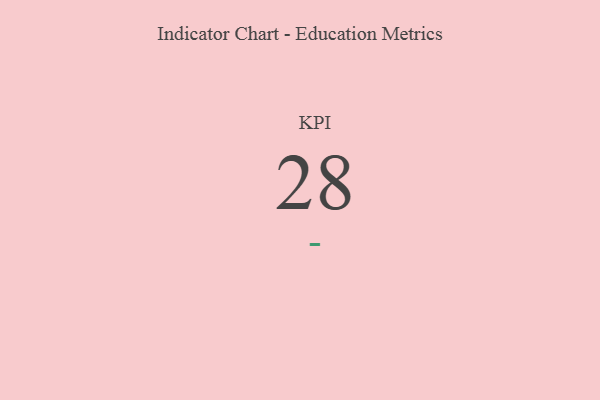
{"axis": {"x": "KPI", "y": "Value"}, "legend": [""], "data": [{"x": "KPI", "y": 28, "type": ""}]}